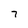
Character: 7